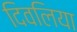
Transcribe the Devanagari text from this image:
दिवलिया